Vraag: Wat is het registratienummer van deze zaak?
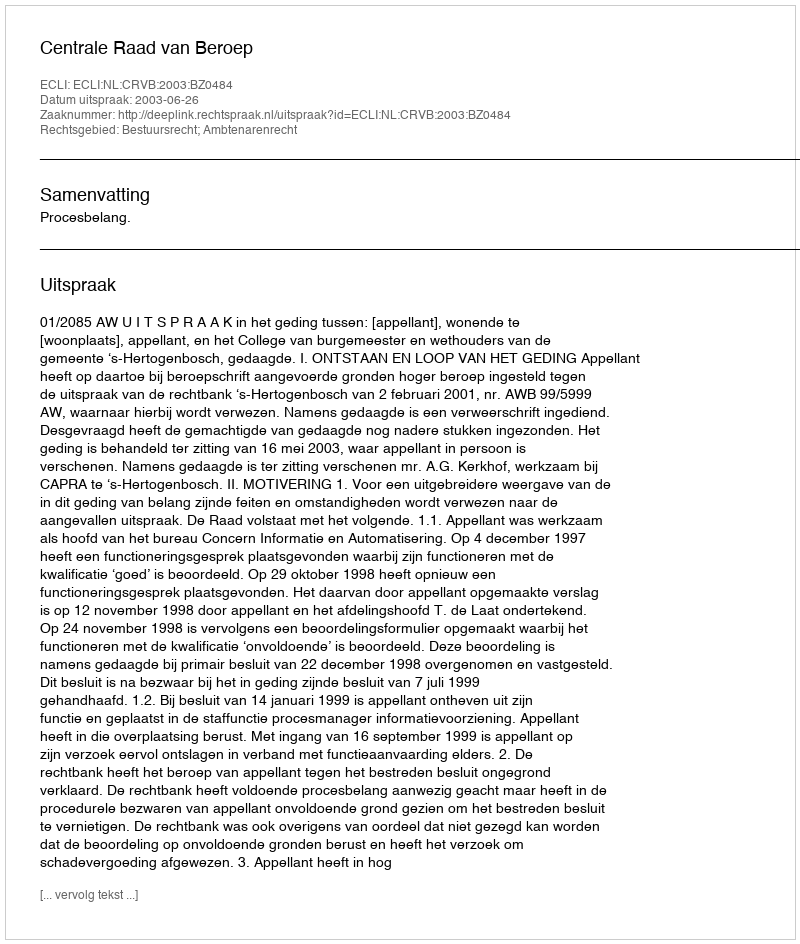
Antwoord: http://deeplink.rechtspraak.nl/uitspraak?id=ECLI:NL:CRVB:2003:BZ0484